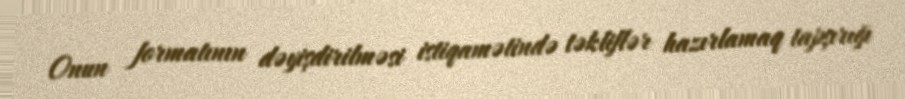
Onun formatının dəyişdirilməsi istiqamətində təkliflər hazırlamaq tapşırığı